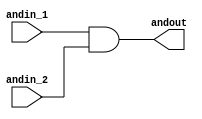
`timescale 1ns / 1ps
/*
Course: 525.612 Computer Architecture SP 24
Instructor: Nick Beser
Name: Scott Strathman
Description: Verilog design for Assignment 2, Question 1
*/

// AND GATE MODULE
module and_gate(
    andin_1,
    andin_2,
    andout);
    
    input andin_1;
    input andin_2;
    output andout;
    
    assign andout = andin_1 & andin_2;
    
endmodule

// OR GATE MODULE
module or_gate(
    orin_1,
    orin_2,
    orout);
    
    input orin_1;
    input orin_2;
    output orout;
    
    assign orout = orin_1 | orin_2;
    
endmodule

// NOT GATE MODULE
module not_gate(
    notin,
    notout);
    
    input notin;
    output notout;
    
    assign notout = ~notin;

endmodule


// TOP LEVEL DESIGN
module top_level(A, B, C, F, G);
    input A, B, C;
    output F, G;
    
    wire and1_out, or2_out, not1_out, not2_out;
    
    and_gate and1(A, B, and1_out);
    and_gate and2(or2_out, not2_out, G);
    or_gate or1(and1_out, C, F);
    or_gate or2(not1_out, B, or2_out);
    not_gate not1(A, not1_out);
    not_gate not2(C, not2_out);
    
endmodule